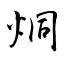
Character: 烔